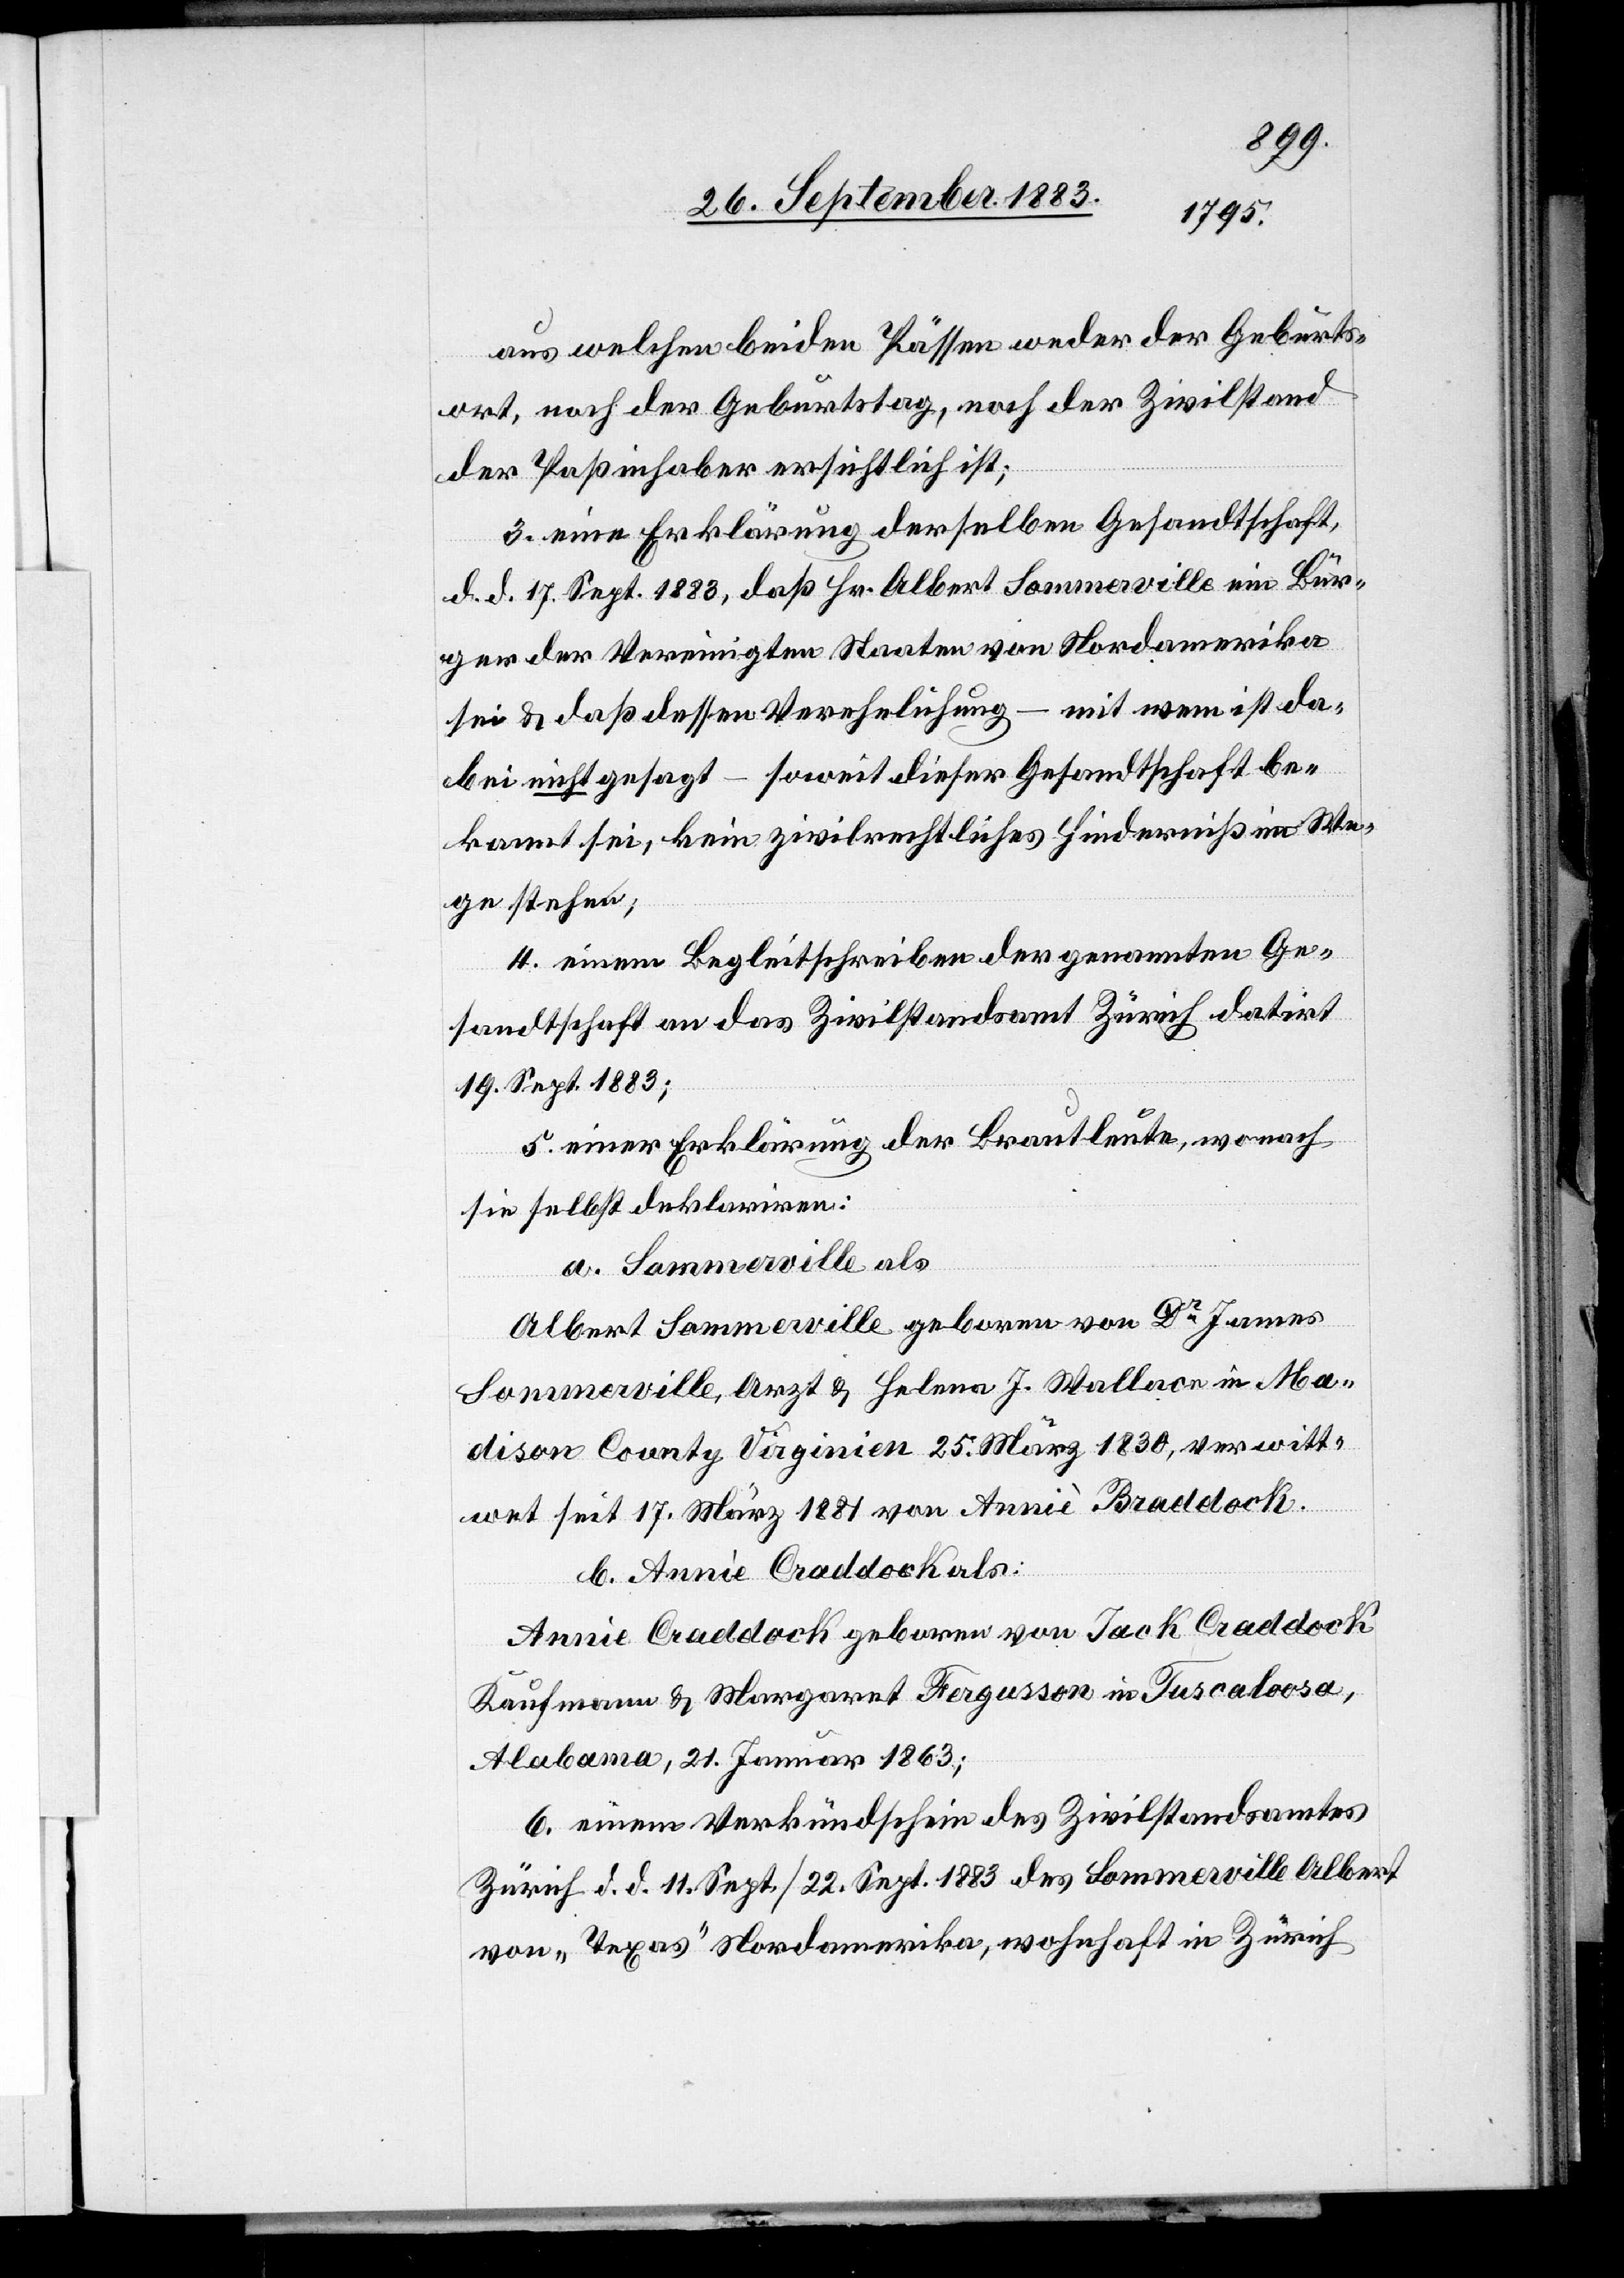
aus welchen beiden Pässen weder der Geburts¬
ort, noch der Geburtstag, noch der Zivilstand
der Paßinhaber ersichtlich ist;
3. eine[r] Erklärung derselben Gesandtschaft,
d. d. 17. Sept. 1883, daß Hr. Albert Sommerville ein Bür¬
ger der Vereinigten Staaten von Nordamerika
mit wem ist da¬
sei & daß dessen Verehelichung
bei nicht gesagt, – soweit dieser Gesandtschaft be¬
kannt sei, kein zivilrechtliches Hinderniß im We¬
ge stehen
4. einem Begleitschreiben der genannten Ge¬
sandtschaft an das Zivilstandsamt Zürich datirt
19. Sept. 1883;
5. einer Erklärung der Brautleute, wonach
sie selbst deklariren:
a. Sommerville als
Albert Sommerville geboren von Dr James
Sommerville, Arzt & Helena J. Wallace, in Ma¬
dison County Virginien 25. März 1830, verwitt¬
wet seit 17. März 1881 von Anniè Braddock
einen
Annie Craddock geboren von Jack Craddock,
Kaufmann & Margaret Fergusson in Tuscaloosa,
Alabama, 21. Januar 1863;
Zürich d. d. 11. Sept. [22. Sept. 1883] des Sommerville Albert
von „Texas“ Nordamerika, wohnhaft in Zürich